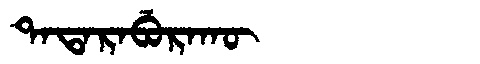
Manchu: ᡨᠠᡨᠠᡵᠠᠪᡠᡵᠠᡴᡡ
Romanization: TATARABURAKŪ